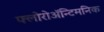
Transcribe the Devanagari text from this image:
फ्लोरोअॅन्टिमनिक